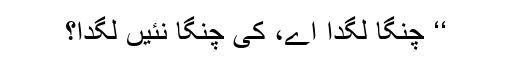
‘‘ چنگا لگدا اے، کی چنگا نئیں لگدا؟